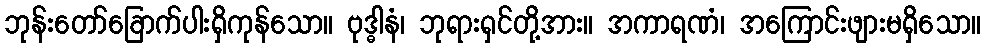
ဘုန်းတော်ခြောက်ပါးရှိကုန်သော။ ဗုဒ္ဓါနံ၊ ဘုရားရှင်တို့အား။ အကာရဏံ၊ အကြောင်းဖျားမရှိသော။